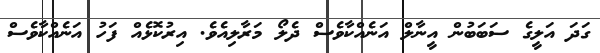
ގަދަ އަލީގެ ސަބަބުން އީނާލް އަނެއްކާވެސް ދެލޯ މަރާލިއެވެ. އިރުކޮޅެއް ފަހު އަނެއްކާވެސް